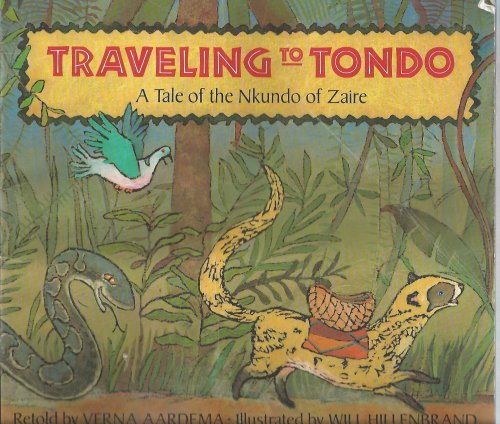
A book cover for Traveling to Tondo, a Tale of the Nkundo of Zaire; Verna Aardema; Travel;